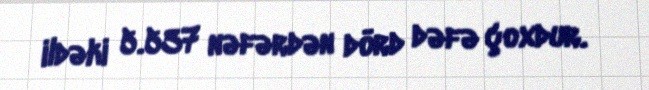
ildəki 5.537 nəfərdən dörd dəfə çoxdur.